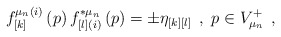
\begin{align*}f_{\left[ k\right] }^{\mu _n(i)}\left( p\right) f_{\left[ l\right](i)}^{*\mu _n}\left( p\right) =\pm \eta _{\left[ k\right] \left[ l\right]}\;\,,\;p\in V_{\mu _n}^{+}\;\,,\end{align*}